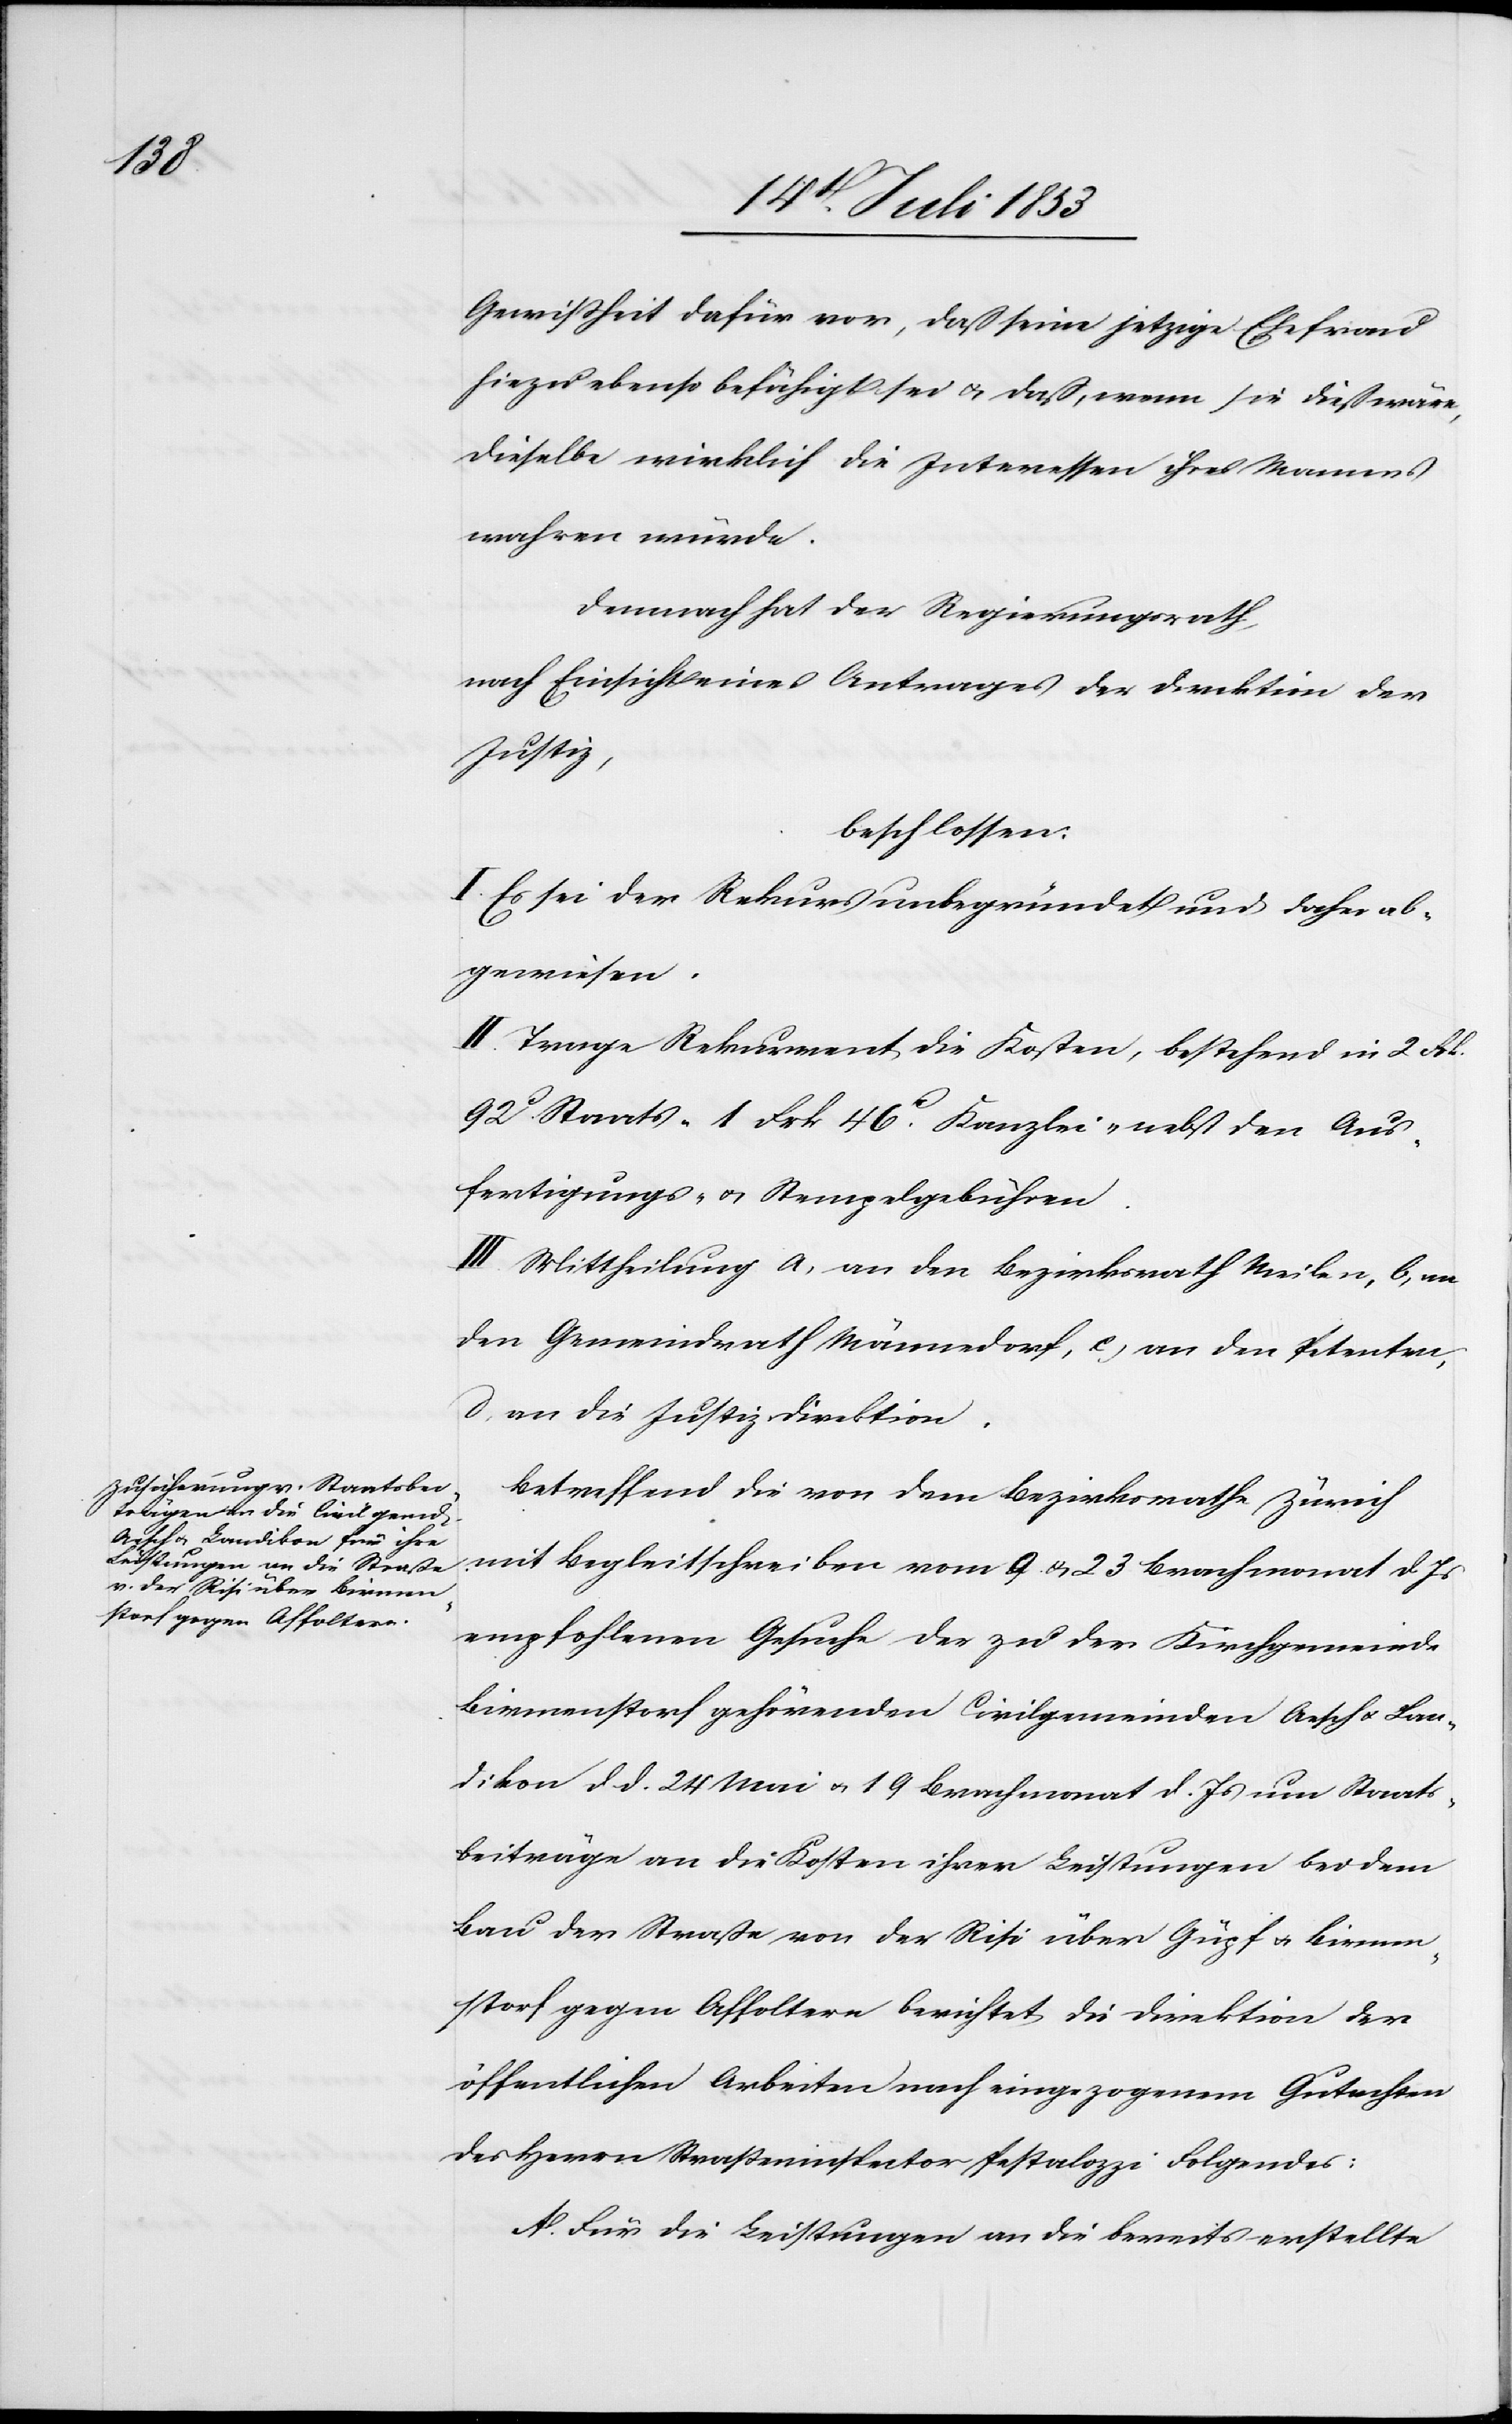
Gewißheit dafür vor, daß seine jetzige Ehefrau
hiezu ebenso befähigt u. daß, wenn sie dieß wäre,
dieselbe wirklich die Interessen ihres Ehemannes
wahren würde.
Demnach hat der Regierungsrath,
nach Einsicht eines Antrages der Direktion der
Justiz,
beschlossen:
I. Es sei der Rekurs unbegründet und daher ab¬
gewiesen.
II. Trage Rekurrent die Kosten, bestehend in 2 Frk.
92c Staats- 1 Frk. 46c Kanzlei- nebst den Aus¬
fertigungs- u. Stempelgebühren.
III. Mittheilung a, an den Bezirksrath Meilen, b, an
den Gemeindrath Männedorf, c, an den Petenten,
d, an die Justizdirektion.
Betreffend die von dem Bezirksrathe Zürich
mit Begleitschreiben vom 9 u. 23 Brachmonat d. Js.
empfohlenen Gesuche der zu der Kirchgemeinde
Birmenstorf gehörenden Civilgemeinden Aesch u. Lan¬
dikon d. d. 24 Mai u. 19 Brachmonat d. Js. um Staats¬
beiträge an die Kosten ihrer Leistungen bei dem
Bau der Straße von der Risi über Güpf u. Birmen¬
storf gegen Affoltern berichtet die Direktion der
öffentlichen Arbeiten nach eingezogenem Gutachten
des Herren Straßeninspektor Pestalozzi Folgendes:
A. Für die Leistungen an die bereits erstellte